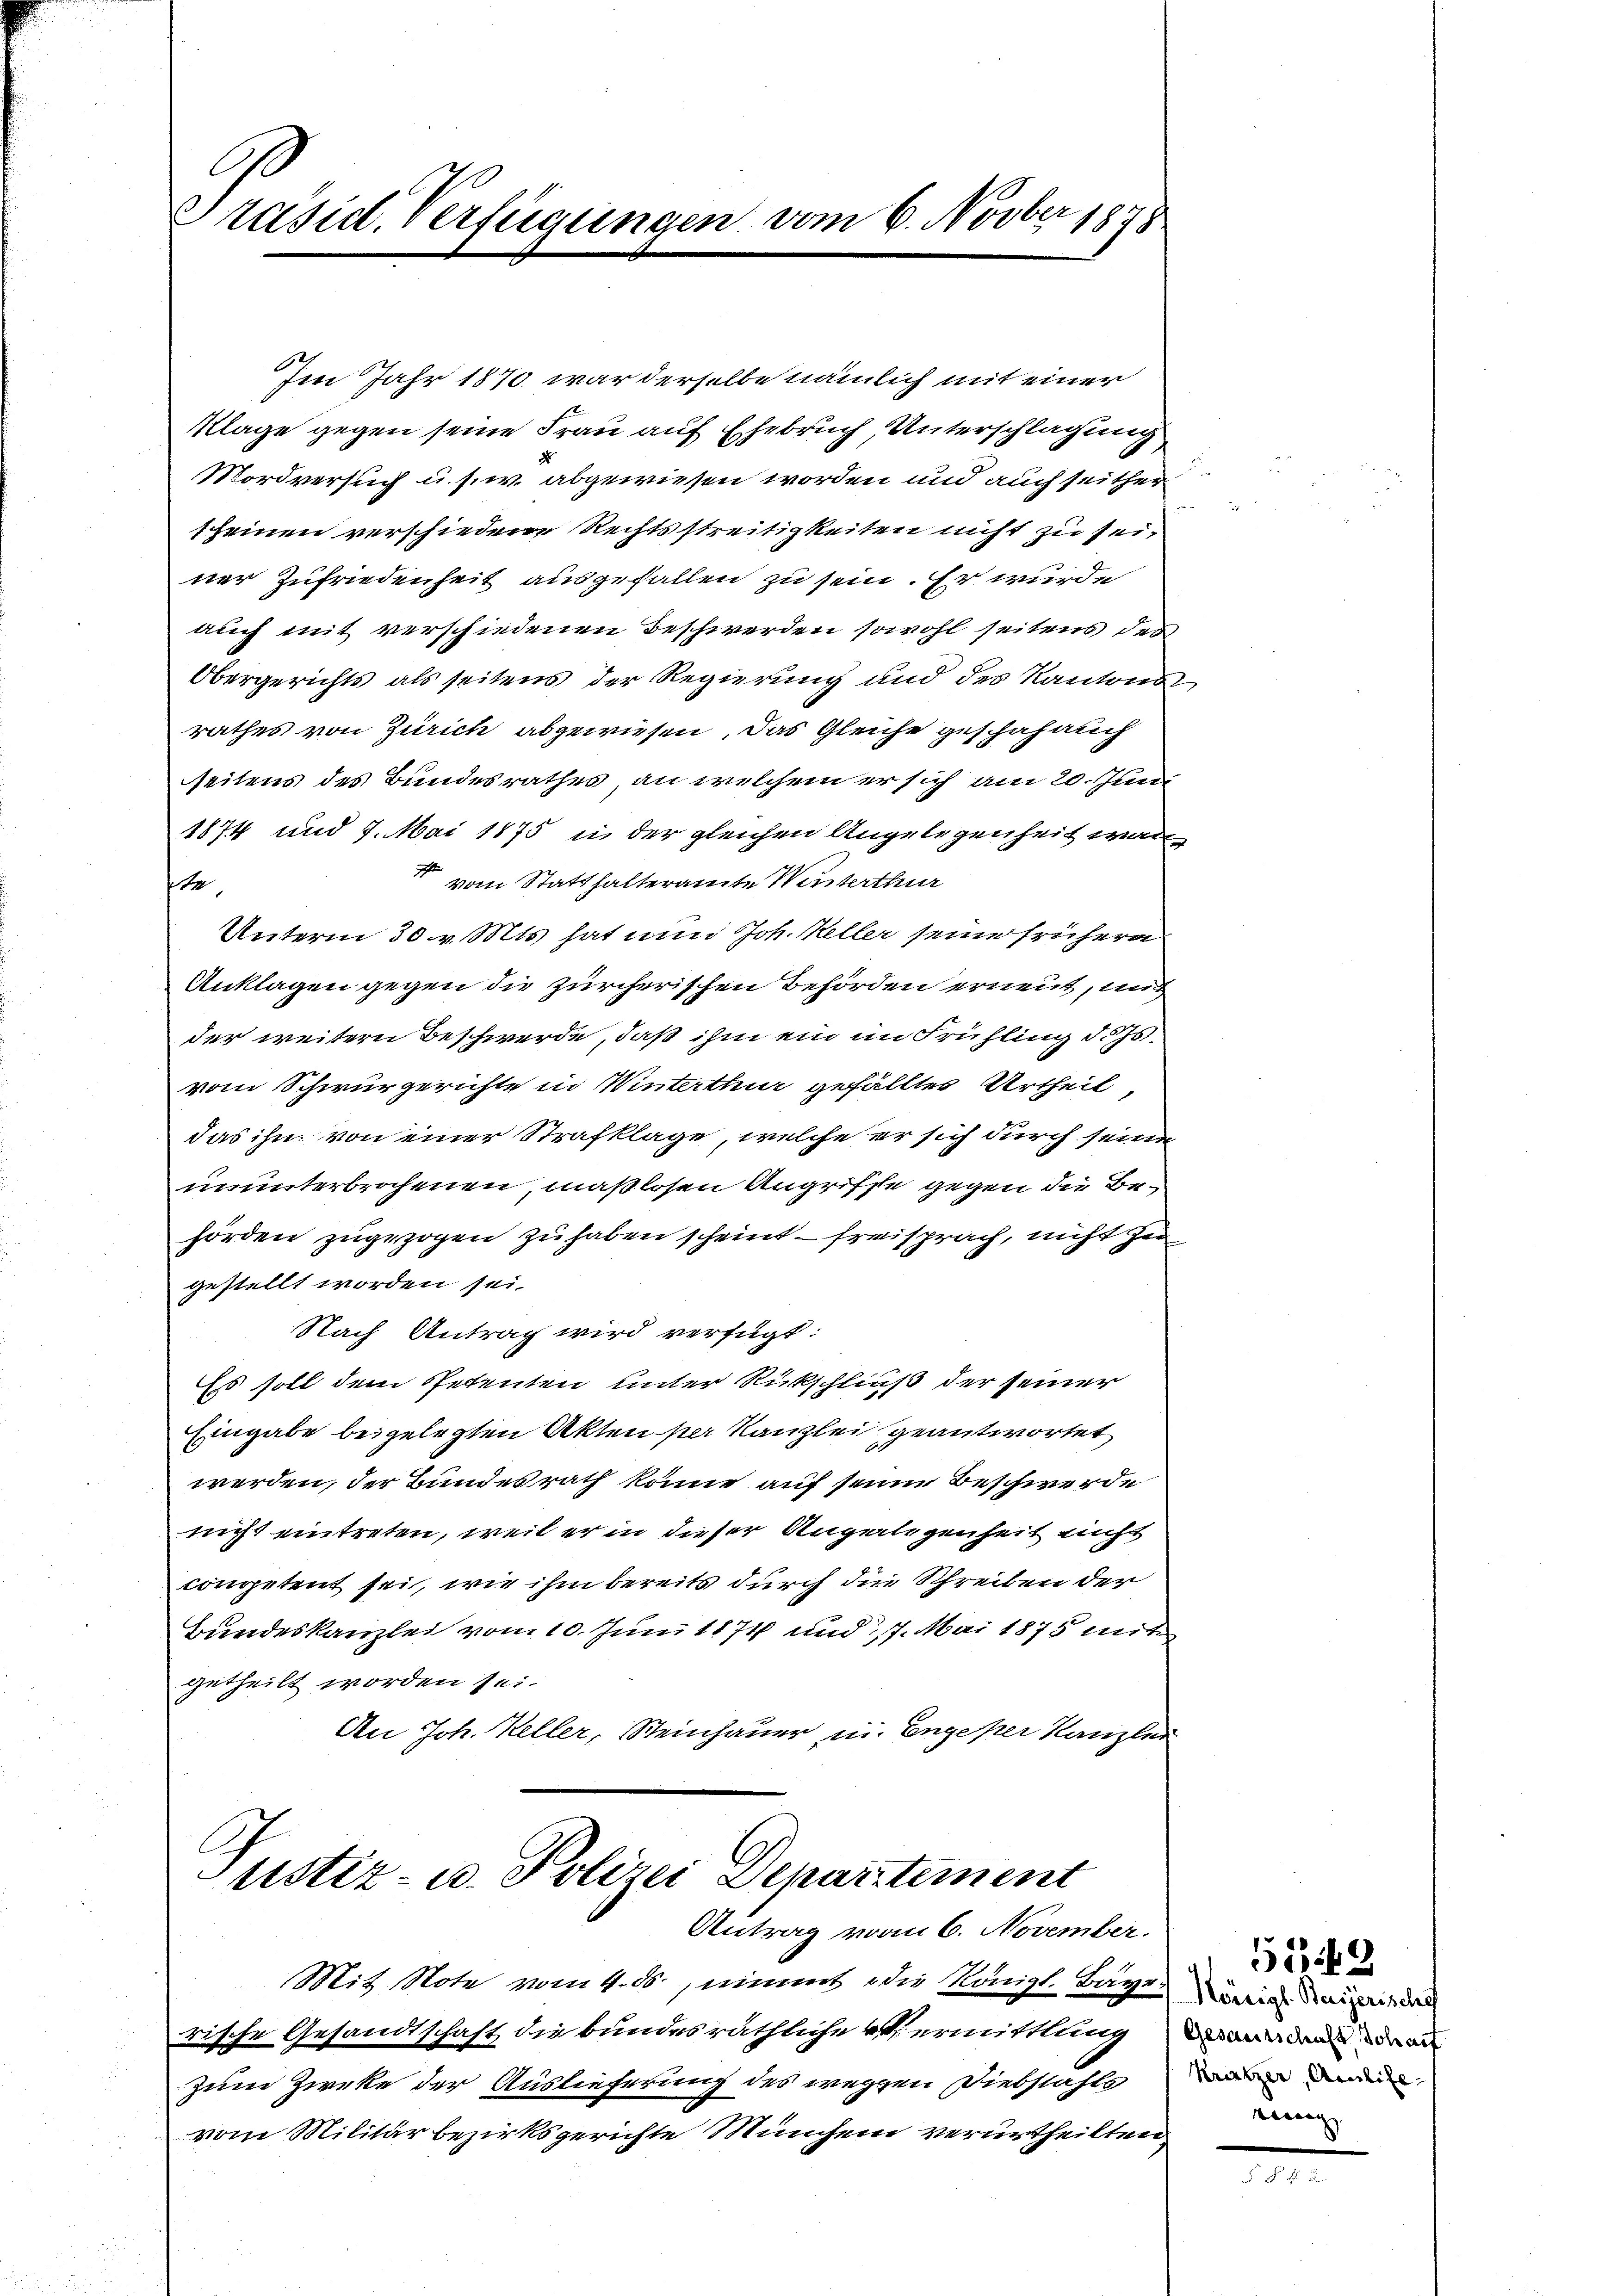
Präsid. Verfügungen vom 6. Novber 1878

Im Jahr 1870 war derselbe nämlich mit einer
Klage gegen seine Frau auf Ehebruch Unterschlagung
2
Mordversuch u. s. w. abgewiesen worden und auch seither
scheinen verschiedene Rechtsstreitigkeiten nicht zu seiner Zufriedenheit ausgefallen zu sein. Er wurde
auch mit verschiedenen Beschwerden sowohl seitens des
Obergerichts als seitens der Regierung und des Kantons
rathes von Zürich abgewiesen. Das Gleiche geschah auch
seitens des Bundesrathes, an welchem er sich am 20. Juni
1874 und 7. Mai 1875 in der gleichen Angelegenheit war
c
vom Statthalteramte Winterthur
An
Unterm 30 v. Mts. hat nun Joh. Keller seine frühern
Anklagen gegen die zürcherischen Behörden erneut, au
der weitern Beschwerde, daß ihm ein im Frühling d. Js.
vom Schwurgerichte in Winterthur gefälltes Urtheil
das ihn von einer Strafklage, welche er sich durch seine
ununterbrochenen, maßlosen Angriffe gegen die Behörden zugezogen zu haben scheint - freisprach, nicht zu
gestellt worden sei.
Nach Antrag wird verfügt:
Es soll dem Petenten unter Rückschließ der seiner
Eingabe beigelegten Akten per Kanzlei geantwortet
werden, der Bundesrath könne auf seiner Beschwerde
nicht eintreten, weil er in dieser Angelegenheit nicht
competent sei, wie ihm bereits durch die Schreiben der
Bundeskanzlei vom 10. Juni 1874 und 117. Mai 1875 mit
getheilt worden sei.
An Joh. Keller, Steinhauer u. Enge per Kanzlei

C.
Justiz- u. Polizei Departement

Antrag vom 6. November.
Mit Note vom 4. ds., nimmt die Königl. Bages wie dreiheit den
rische Gesandtschaft die bundes räthliche V ermittlung
zum Zirke der Auslieferung des weggen Diebstahls
vom Militär bezirksgerichte Münchein verurtheilten

2

Gesamtschaft Schauf
Krätzer, Amlife
eenag

5549